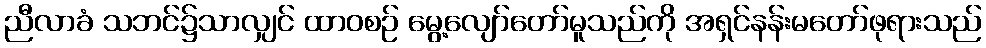
ညီလာခံ သဘင်၌သာလျှင် ထာဝစဉ် မွေ့လျော်တော်မူသည်ကို အရှင်နန်းမတော်ဖုရားသည်